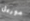
موريل